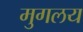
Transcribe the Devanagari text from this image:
मुगलय